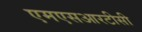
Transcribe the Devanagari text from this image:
एमएसआरटीसी